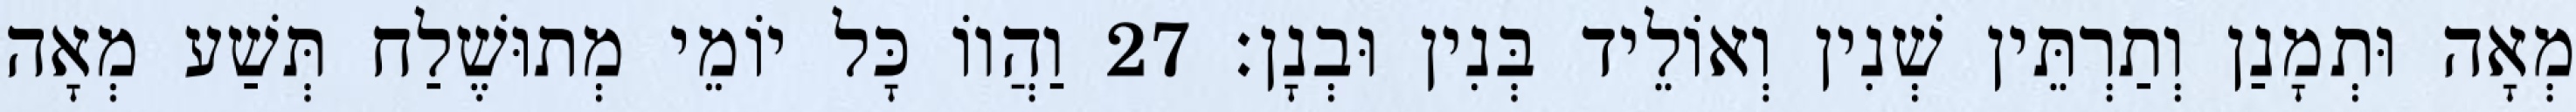
מְאָה וּתְמָנַן וְתַרְתֵּין שְׁנִין וְאוֹלֵיד בְּנִין וּבְנָן׃ 27 וַהֲווֹ כָּל יוֹמֵי מְתוּשֶׁלַח תְּשַׁע מְאָה